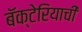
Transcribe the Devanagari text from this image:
बॅक्टेरियाची